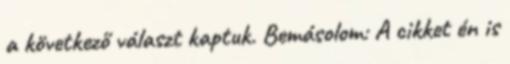
a következő választ kaptuk. Bemásolom: A cikket én is